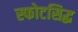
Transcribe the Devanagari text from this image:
स्फोटसिद्ध